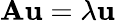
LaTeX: \mathbf{A}\mathbf{u}=\lambda\mathbf{u}